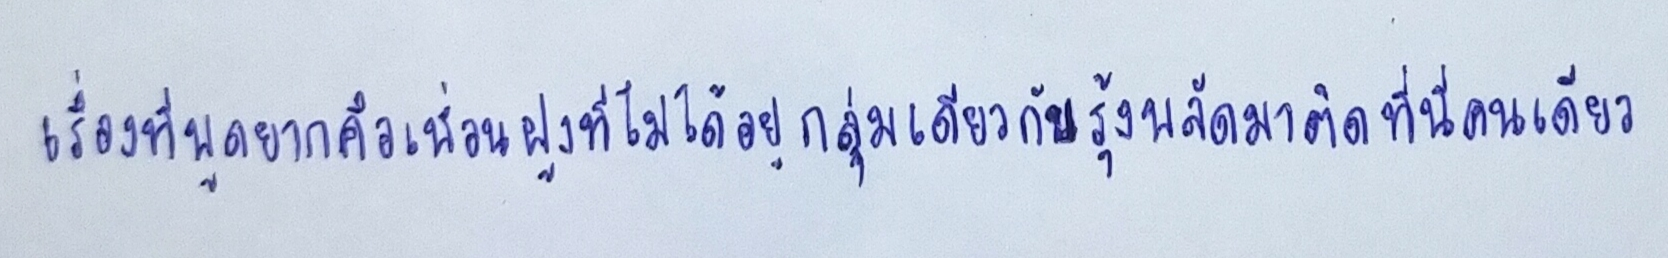
เรื่องที่พูดยากคือเพื่อนฝูงที่ไม่ได้อยู่กลุ่มเดียวกับรุ้งพลัดมาติดที่นี่คนเดียว